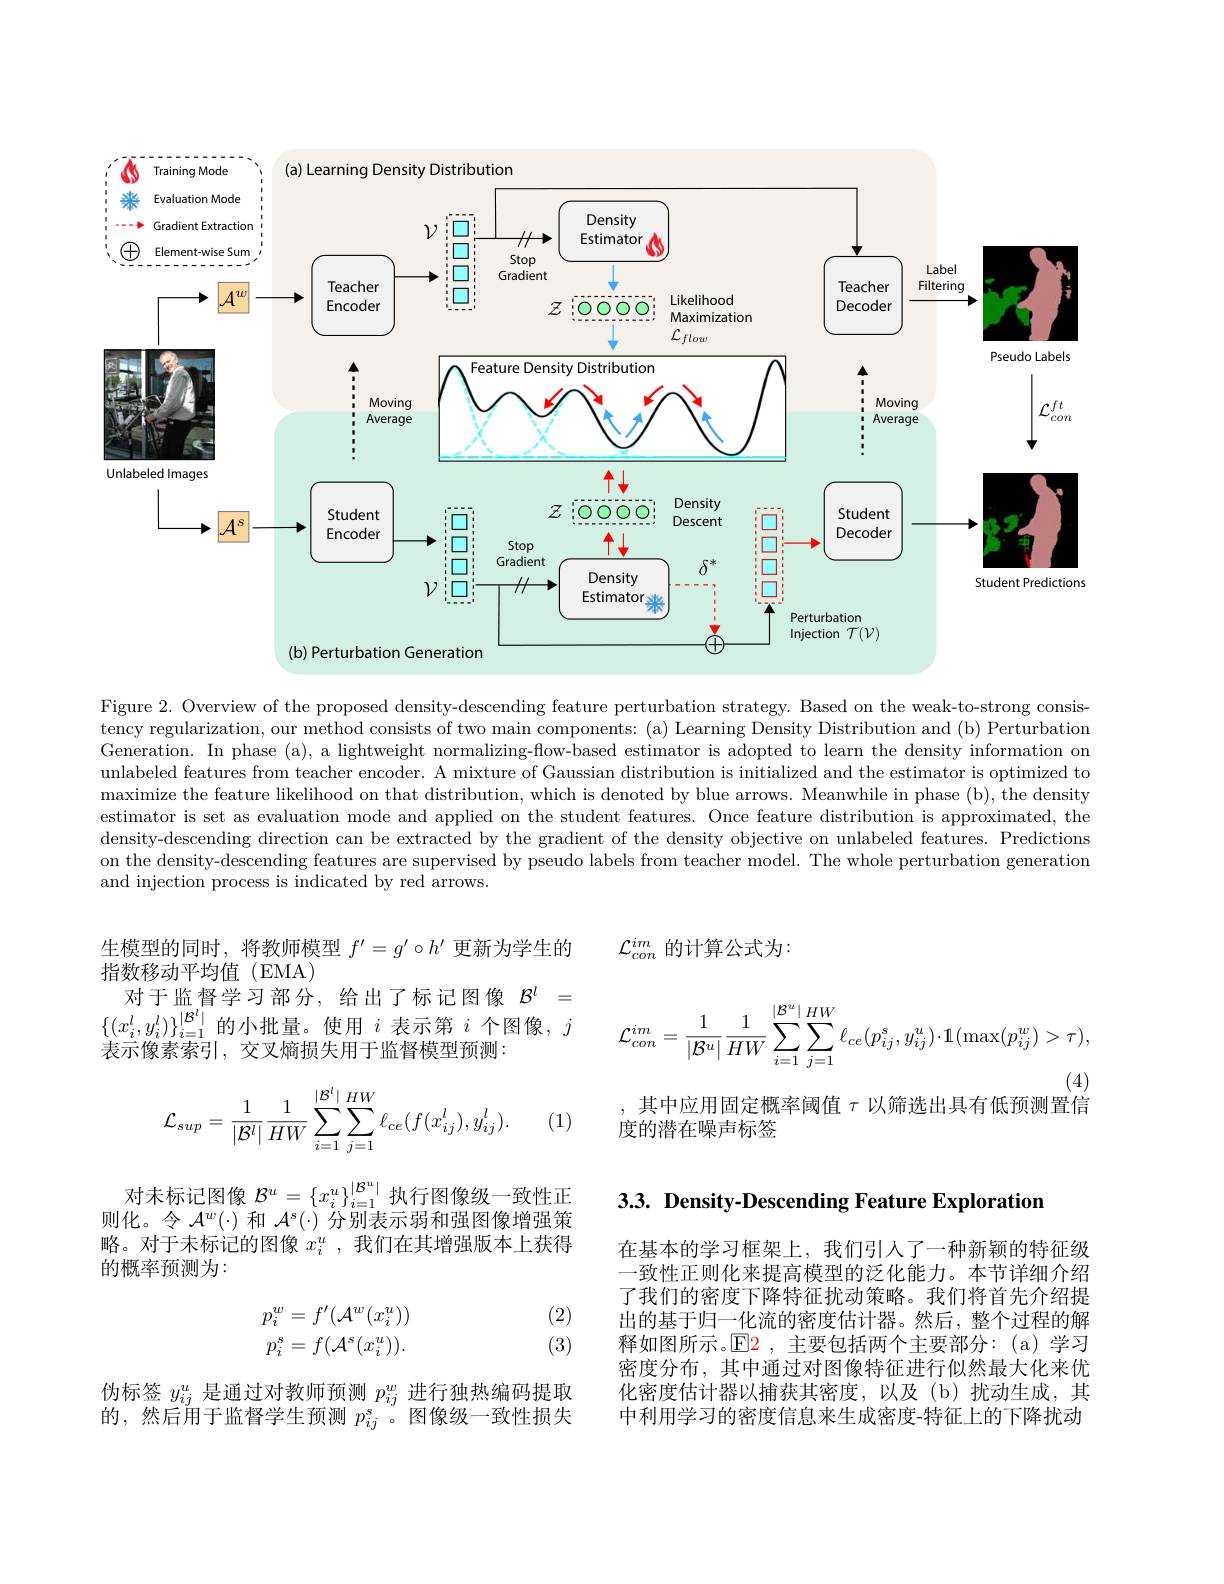
<FigureHere>

Figure 2. Overview of the proposed density-descending feature perturbation strategy. Based on the weak-to-strong consistency regularization, our method consists of two main components: (a) Learning Density Distribution and (b) Perturbation Generation. In phase (a), a lightweight normalizing-flow-based estimator is adopted to learn the density information on unlabeled features from teacher encoder. A mixture of Gaussian distribution is initialized and the estimator is optimized to maximize the feature likelihood on that distribution, which is denoted by blue arrows. Meanwhile in phase (b), the density estimator is set as evaluation mode and applied on the student features. Once feature distribution is approximated, the density-descending direction can be extracted by the gradient of the density objective on unlabeled features. Predictions on the density-descending features are supervised by pseudo labels from teacher model. The whole perturbation generation and injection process is indicated by red arrows.

${\mathcal{L}}_{con}^{im}$的计算公式为：

生模型的同时，将教师模型$f^\prime=g^{\prime}\circ h^{\prime}$更新为学生的
指数移动平均值(EMA)
对于监督学习部分，给出了标记图像$\mathcal{B}^l=$ $\{(x_i^l,y_i^l)\}_{i=1}^{|\mathcal{B}^l|}$的小批量。使用$i$表示第$i$个图像$,j$ 表示像素索引，交叉熵损失用于监督模型预测：
$$\mathcal{L}_{con}^{im}=\frac{1}{|\mathcal{B}^{u}|}\frac{1}{HW}\sum_{i=1}^{|\mathcal{B}^{u}|}\sum_{j=1}^{HW}\ell_{ce}(p_{ij}^{s},y_{ij}^{u})\cdot\mathbb{1}(\max(p_{ij}^{w})>\tau),$$
其中应用固定概率阈值$\tau$以筛选出具有低预测置信

度的潜在噪声标签
$$\mathcal{L}_{sup}=\frac{1}{|\mathcal{B}^{l}|}\frac{1}{HW}\sum_{i=1}^{|\mathcal{B}^{l}|}\sum_{j=1}^{HW}\ell_{ce}(f(x_{ij}^{l}),y_{ij}^{l}).$$
(1)

3.3. Density-Descending Feature Exploration

对未标记图像$\mathcal{B}^u=\{x_i^u\}_{i=1}^{|\mathcal{B}^u|}$执行图像级一致性正则化。令$\mathcal{A}^w(\cdot)$和$\mathcal{A}^s(\cdot)$分别表示弱和强图像增强策略。对于未标记的图像$x_i^u$ ,我们在其增强版本上获得的概率预测为：
$$\begin{aligned}p_i^w&=f'(\mathcal{A}^w(x_i^u))\\p_i^s&=f(\mathcal{A}^s(x_i^u)).\end{aligned}$$
(2) (3)

在基本的学习框架上，我们引人了一种新颖的特征级一致性正则化来提高模型的泛化能力。本节详细介绍了我们的密度下降特征扰动策略。我们将首先介绍提出的基于归一化流的密度估计器。然后，整个过程的解释如图所示。$\operatorname{E2}$ ,主要包括两个主要部分：(a)学习密度分布，其中通过对图像特征进行似然最大化来优化密度估计器以捕获其密度，以及(b)扰动生成，其中利用学习的密度信息来生成密度-特征上的下降扰动

$\begin{array}{l}\text{伪标签 }y_{ij}^u&\text{是通过对教师预测 }p_{ij}^w&\text{进行独热编码提取}\\\text{的，然后用于监督学生预测 }p_{ij}^s&\text{。图像级一致性损失}\end{array}$